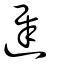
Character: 遅